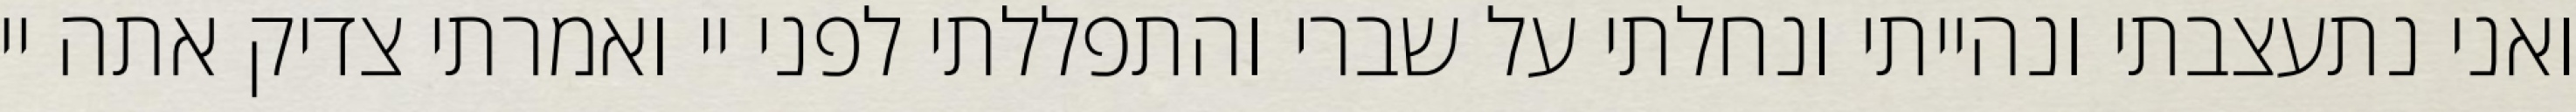
ואני נתעצבתי ונהייתי ונחלתי על שברי והתפללתי לפני יי ואמרתי צדיק אתה יי